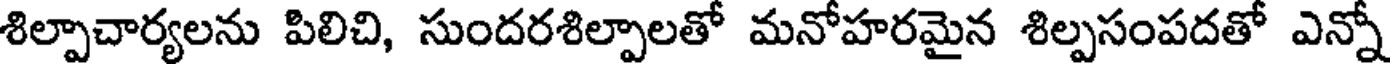
శిల్పాచార్యలను పిలిచి, సుందరశిల్పాలతో మనోహరమైన శిల్పసంపదతో ఎన్నో